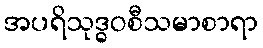
အပရိသုဒ္ဓဝစီသမာစာရာ